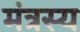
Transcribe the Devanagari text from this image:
मंत्रस्य